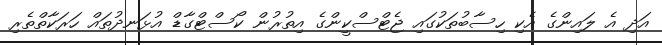
އަދި އެ ލައިންގެ އެކި ހިސާބުތަކުގައި ޖެޓްސްކީންގެ އިތުރުން ކޯސްޓްގާޑް އުޅަނދުތައް ހަރަކާތްތެރި